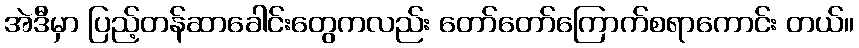
အဲဒီမှာ ပြည့်တန်ဆာခေါင်းတွေကလည်း တော်တော်ကြောက်စရာကောင်း တယ်။